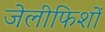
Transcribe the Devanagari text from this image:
जेलीफिशों